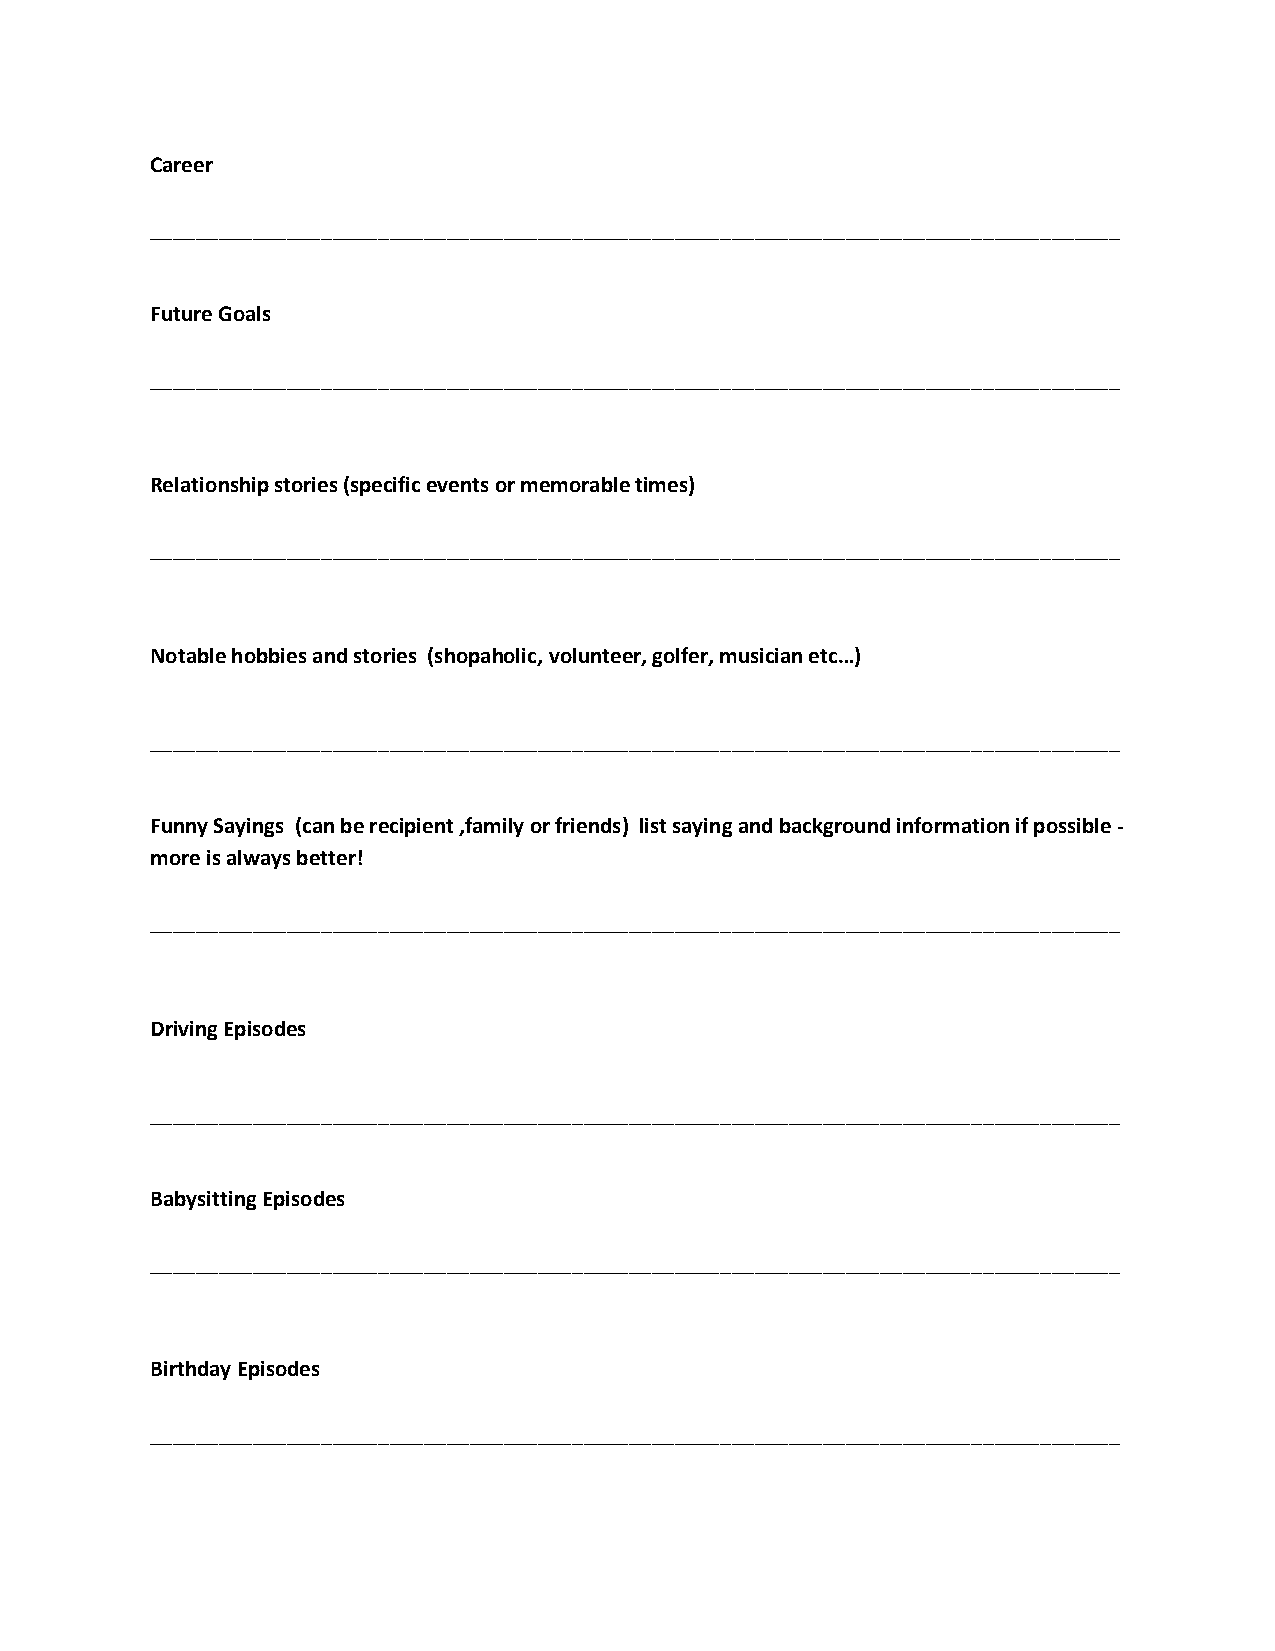
Career
 _____________________________________________________________________________________
 Future Goals
 _____________________________________________________________________________________
 Relationship stories (specific events or memorable times)
 _____________________________________________________________________________________
 Notable hobbies and stories (shopaholic, volunteer, golfer, musician etc…)
 _____________________________________________________________________________________
 Funny Sayings (can be recipient ,family or friends) list saying and background information if possible -
 more is always better!
 _____________________________________________________________________________________
 Driving Episodes
 _____________________________________________________________________________________
 Babysitting Episodes
 _____________________________________________________________________________________
 Birthday Episodes
 _____________________________________________________________________________________